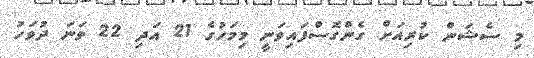
މި ސެޝަން ކުރިއަށް ގެންގޮސްފައިވަނީ މިމަހުގެ 21 އަދި 22 ވަނަ ދުވަހު